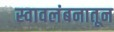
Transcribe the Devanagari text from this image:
स्वावलंबनातून